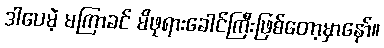
ဒါပေမဲ့ မကြာခင် မိဖုရားခေါင်ကြီးဖြစ်တော့မှာနော်။